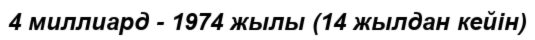
4 миллиард - 1974 жылы (14 жылдан кейін)